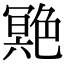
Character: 䒌